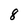
Character: 8